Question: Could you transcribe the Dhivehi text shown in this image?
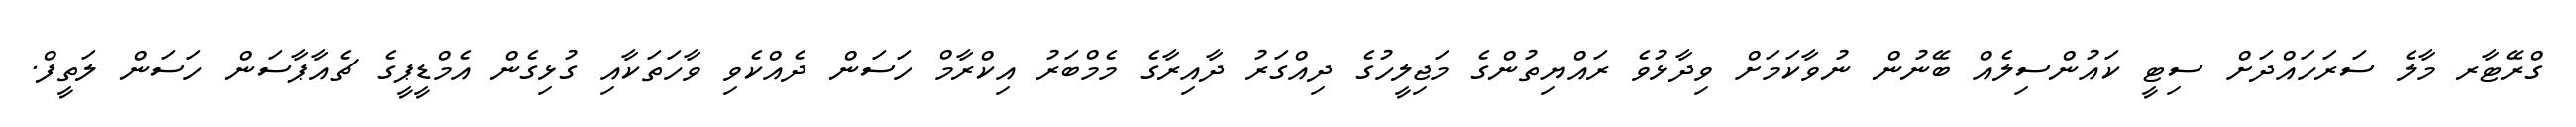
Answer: ގްރޭޓާރ މާލެ ސަރަހައްދަށް ސިޓީ ކައުންސިލެއް ބޭނުން ނުވާކަމަށް ވިދާޅުވެ ރައްޔިތުންގެ މަޖިލީހުގެ ދިއްގަރު ދާއިރާގެ މެމްބަރު އިކްރާމް ހަސަން ދެއްކެވި ވާހަތަކާއި ގުޅިގެން އެމްޑީޕީގެ ޗެއާޕާސަން ހަސަން ލަތީފް.